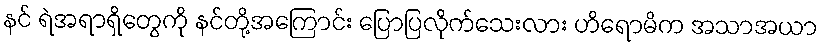
နင် ရဲအရာရှိတွေကို နင်တို့အကြောင်း ပြောပြလိုက်သေးလား ဟိရောမိက အသာအယာ